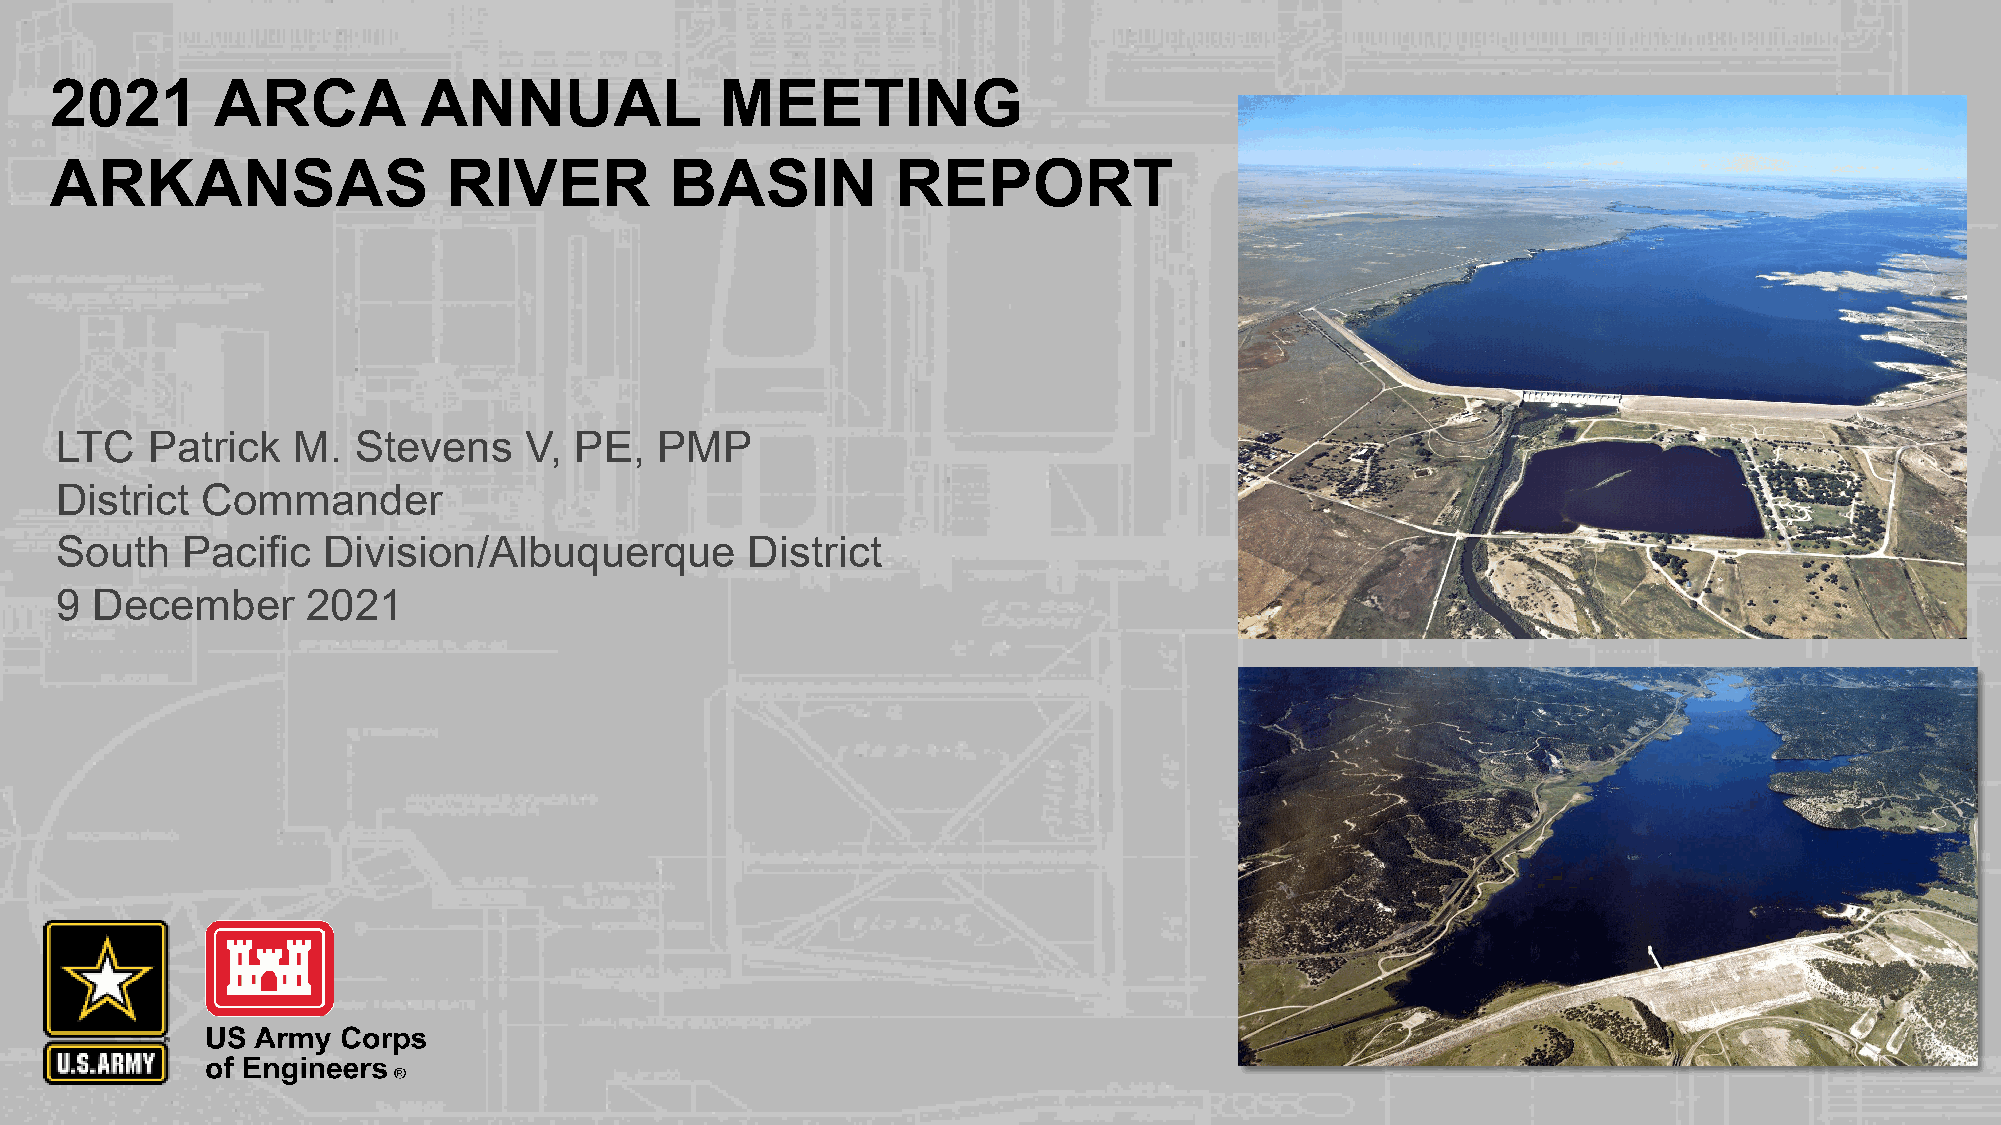
2021       ARCA          ANNUAL              MEETING
 ARKANSAS                   RIVER         BASIN          REPORT
 LTC   Patrick  M.  Stevens     V, PE,  PMP
 District Commander
 South   Pacific  Division/Albuquerque        District
 9 December      2021